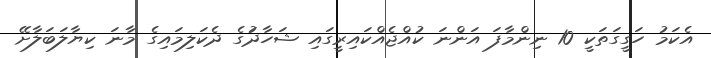
އެކަމު ހަގީގަތަކީ 10 ނިންމާފަ އަންނަ ކުއްޖެއްކައިރީގައި ޝަހާދަުގެ ދެކަލިމައިގެ މާނަ ކިޔާލަބަލާށޭ